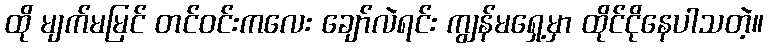
ထို မျက်မမြင် တင်ဝင်းကလေး ချော်လဲရင်း ကျွန်မရှေ့မှာ ထိုင်ငိုနေပါသတဲ့။